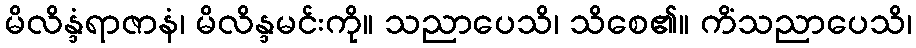
မိလိန္ဒံရာဇာနံ၊ မိလိန္ဒမင်းကို။ သညာပေသိ၊ သိစေ၏။ ကိံသညာပေသိ၊